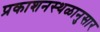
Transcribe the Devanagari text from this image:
प्रकाशनस्थळानुसार